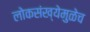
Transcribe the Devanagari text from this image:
लोकसंख्येमुळेच